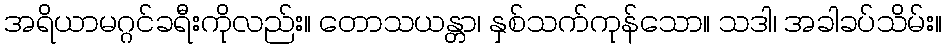
အရိယာမဂ္ဂင်ခရီးကိုလည်း။ တောသယန္တာ၊ နှစ်သက်ကုန်သော။ သဒါ၊ အခါခပ်သိမ်း။